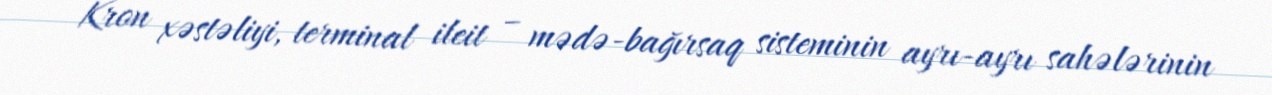
Kron xəstəliyi, terminal ileit – mədə-bağırsaq sisteminin ayrı-ayrı sahələrinin